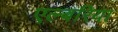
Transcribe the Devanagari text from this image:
एल्बरिया